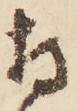
持